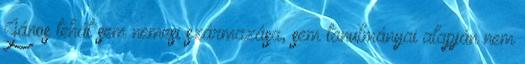
János tehát sem nemesi származása, sem tanulmányai alapján nem